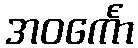
အဝင်္ကော